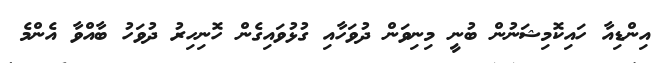
އިންޑިއާ ހައިކޮމިޝަނުން ބުނީ މިނިވަން ދުވަހާއި ގުޅުވައިގެން ހޮނިހިރު ދުވަހު ބާއްވާ އެންމެ